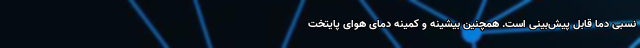
نسبی دما قابل پیش‌بینی است. همچنین بیشینه و کمینه دمای هوای پایتخت